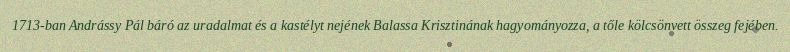
1713-ban Andrássy Pál báró az uradalmat és a kastélyt nejének Balassa Krisztinának hagyományozza, a tőle kölcsönvett összeg fejében.